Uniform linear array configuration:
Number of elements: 12
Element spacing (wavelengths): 0.75
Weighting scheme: blackman
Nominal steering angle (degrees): -45
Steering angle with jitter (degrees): -46.465
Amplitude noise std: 0.05
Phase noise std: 0.05

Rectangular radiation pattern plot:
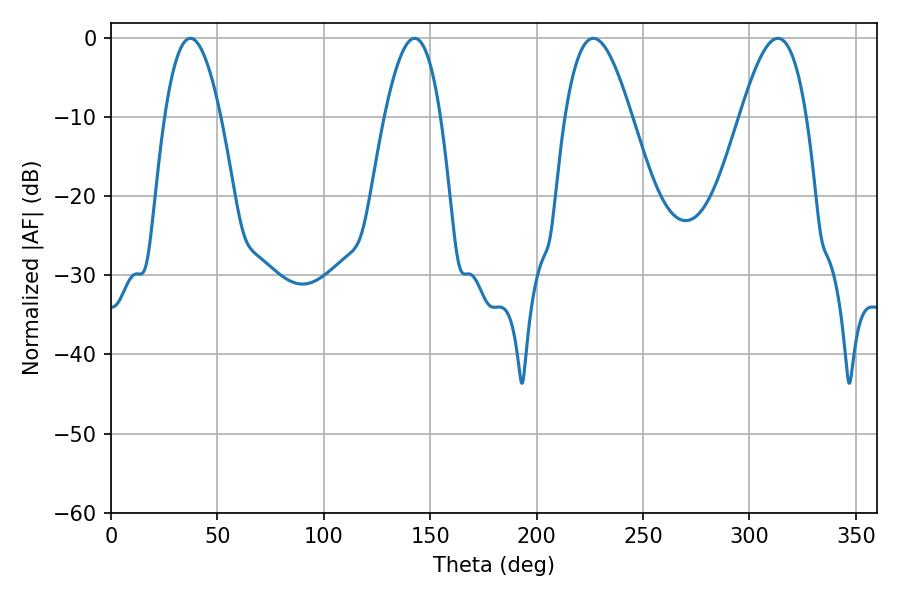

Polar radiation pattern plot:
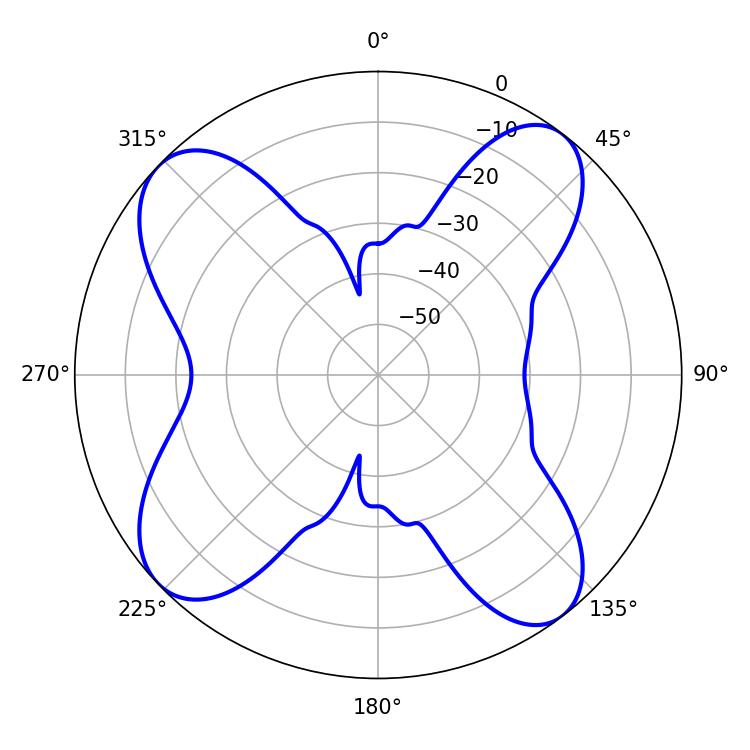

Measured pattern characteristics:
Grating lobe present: TRUE
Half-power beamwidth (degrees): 16.92
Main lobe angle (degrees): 226.62